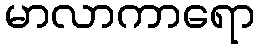
မာလာကာရော